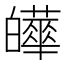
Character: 𤾹